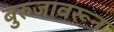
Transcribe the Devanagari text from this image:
बुरुजावरून